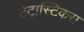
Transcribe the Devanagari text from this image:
टेट्रास्टिकस